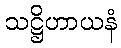
သဋ္ဌိဟာယနံ